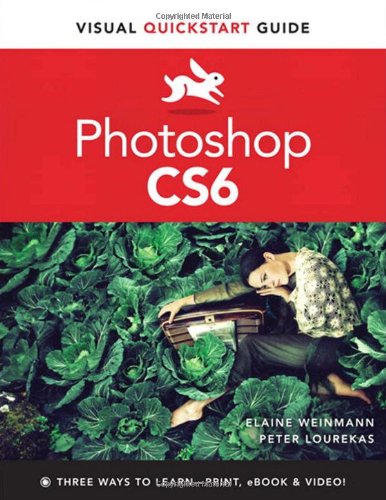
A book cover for Photoshop CS6: Visual QuickStart Guide; Elaine Weinmann; Computers & Technology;